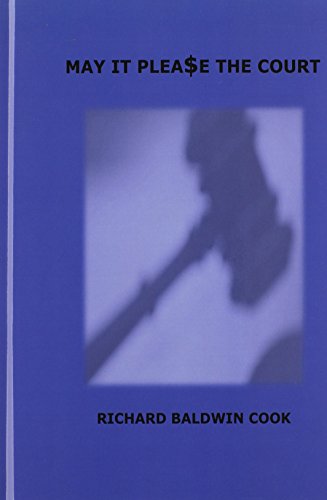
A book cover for MAY IT PLEASE THE COURT; Richard Baldwin Cook; Law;